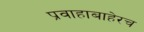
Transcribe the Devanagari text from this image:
प्रवाहाबाहेरच